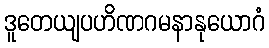
ဒူတေယျပဟိဏဂမနာနုယောဂံ